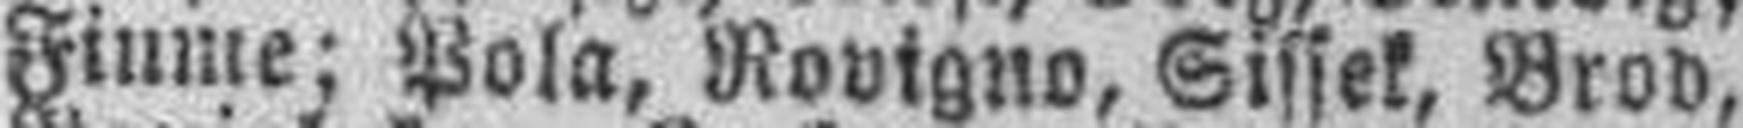
Fiume; Pola, Rovigno, Sissek, Brod,